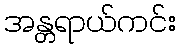
အန္တရာယ်ကင်း